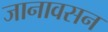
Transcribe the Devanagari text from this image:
जानावसन